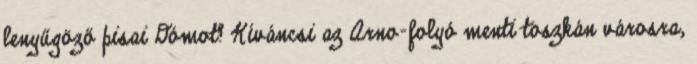
lenyűgöző pisai Dómot? Kíváncsi az Arno-folyó menti toszkán városra,